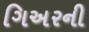
ગિઅરની